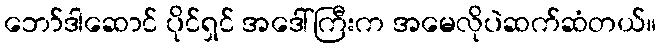
ဘော်ဒါဆောင် ပိုင်ရှင် အဒေါ်ကြီးက အမေလိုပဲဆက်ဆံတယ်။